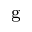
^ \mathrm { g }